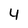
Character: 4